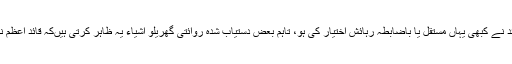
اس بات کا مصدقہ ریکارڈ تو نہیں ملتا کہ قائد نے کبھی یہاں مستقل یا باضابطہ رہائش اختیار کی ہو، تاہم بعض دستیاب شدہ روائتی گھریلو اشیاء یہ ظاہر کرتی ہیںکہ قائد اعظم نے کئی بار اس گھر کا دورہ کیا اور آرام کیا۔